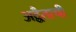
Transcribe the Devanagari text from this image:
अद्वैताची